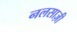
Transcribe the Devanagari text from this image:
नलसाज़ी